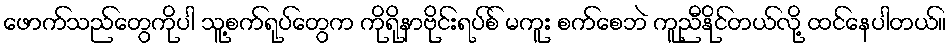
ဖောက်သည်တွေကိုပါ သူ့စက်ရုပ်တွေက ကိုရိုနာဗိုင်းရပ်စ် မကူး စက်စေဘဲ ကူညီနိုင်တယ်လို့ ထင်နေပါတယ်။